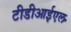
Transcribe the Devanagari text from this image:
टीडीआईएल